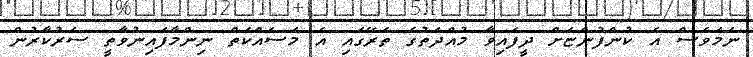
ނަމަވެސް އެ ކުންފުންޏަށް ދީފައިވާ މުއްދަތުގެ ތެރޭގައި އެ މަސައްކަތް ނިންމާފައިނުވާތީ ސަރުކާރުން